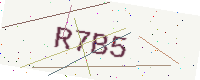
Text: R7B5